Annual vaccination report of Bihar and Orissa - 1911-1928
Year: 1911
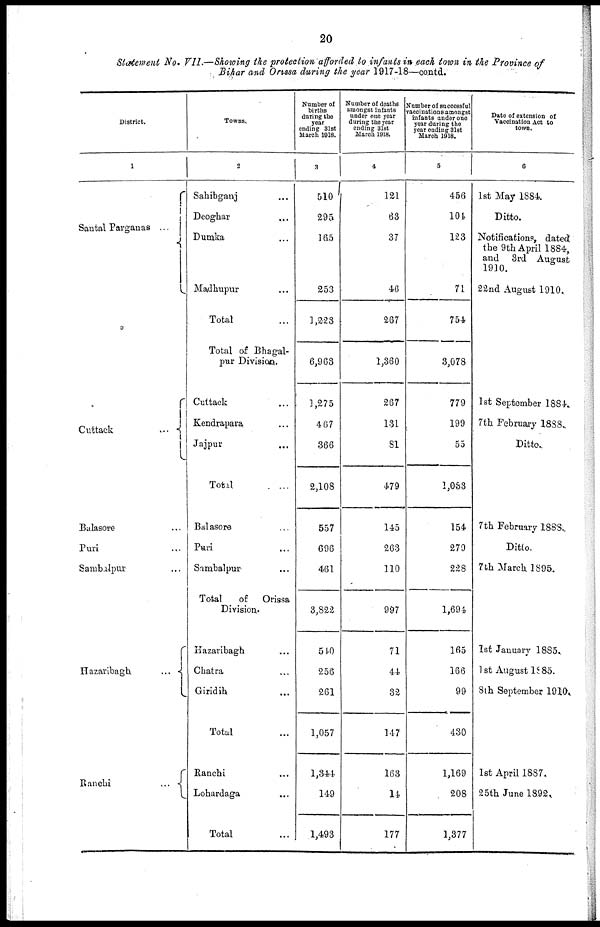
20
Statement No. VII.—Showing the protection afforded to infants in each town in the Province of
Bihar and Orissa during the year 1917-18—contd.
District.
1
Santal Parganas ...
Cuttack
...
Balasore ...
Puri ...
Sambalpur ...
Hazaribagh
...
Ranchi
...
Towns.
2
Sahibganj ...
Deoghar ...
Dumka ...
Madhupur ...
Total ...
Total of Bhagal-
pur Division.
Cuttack ...
Kendrapara ...
Jajpur ...
Total ...
Balasore ...
Puri ...
Sambalpur ...
Total
of Orissa
Division.
Hazaribagh ...
Chatra ...
Giridih ...
Total ...
Ranchi ...
Lohardaga ...
Total ...
Number of
births
during the
year
ending 31st
March 1918.
3
510
295
165
253
1,228
6,963
1,275
467
366
2,108
557
696
461
3,822
540
256
261
1,057
1,344
149
1,493
Number of deaths
amongst infants
under one year
during the year
ending 31st
March 1918.
4
121
63
37
46
267
1,360
267
131
81
479
145
263
110
997
71
44
32
147
163
14
177
Number of successful
vaccinations amongst
infants under one
year during the
year ending 31st
March 1918.
5
456
104
123
71
754
3,078
779
199
55
1,053
154
279
228
1,694
165
166
99
430
1,169
208
1,377
Date of extension of
Vaccination Act to
town.
6
1st May 1884.
Ditto.
Notifications, dated
the 9th April 1884,
and 3rd August
1910.
22nd August 1910..
1st September 1884.
7th February 1888.
Ditto.
7th February 1888.
Ditto.
7 th March 1895.
1st January 1885.
1st August 1885.
8th September 1910.
1st April 1887.
25th June 1892.